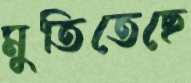
মুতিতেছে